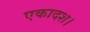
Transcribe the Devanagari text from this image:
एकादश।